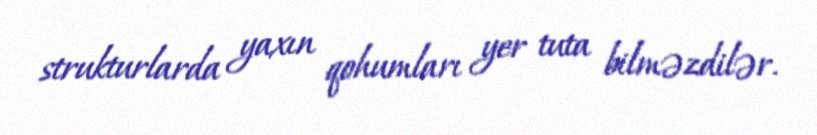
strukturlarda yaxın qohumları yer tuta bilməzdilər.